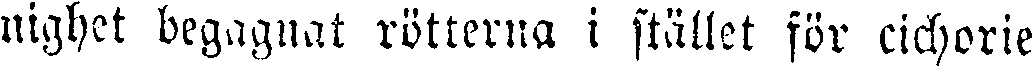
nighet begagnat rötterna i stället för cichorie